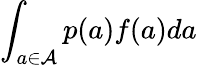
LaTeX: \int_{a\in\mathcal{A}}p(a)f(a)da